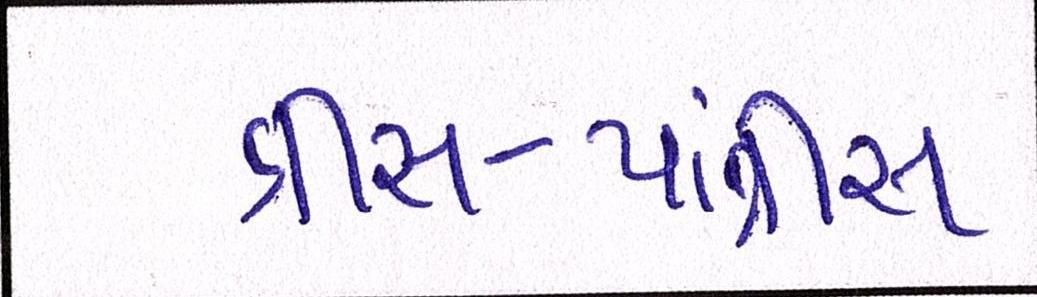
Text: ત્રીસ-પાંત્રીસ